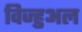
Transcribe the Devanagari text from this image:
विज्हुअल